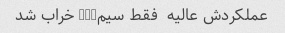
عملکردش عالیه  فقط سیمusb خراب شد